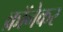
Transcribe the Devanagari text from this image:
क्रॉनेकर